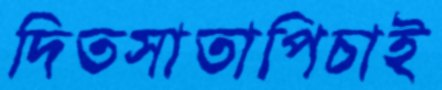
দিতসাতাপিচাই